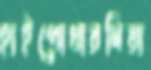
হাইপোথারমিয়া